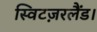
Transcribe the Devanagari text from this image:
स्विटज़रलैंड।